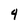
Character: 4